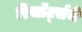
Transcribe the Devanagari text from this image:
रिसॉर्ट्सचे